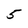
Character: 5